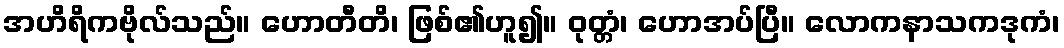
အဟိရိကဗိုလ်သည်။ ဟောတီတိ၊ ဖြစ်၏ဟူ၍။ ဝုတ္တံ၊ ဟောအပ်ပြီ။ လောကနာသကဒုကံ၊